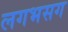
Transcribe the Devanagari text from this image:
लगभसग